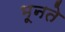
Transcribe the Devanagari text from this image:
भूनते